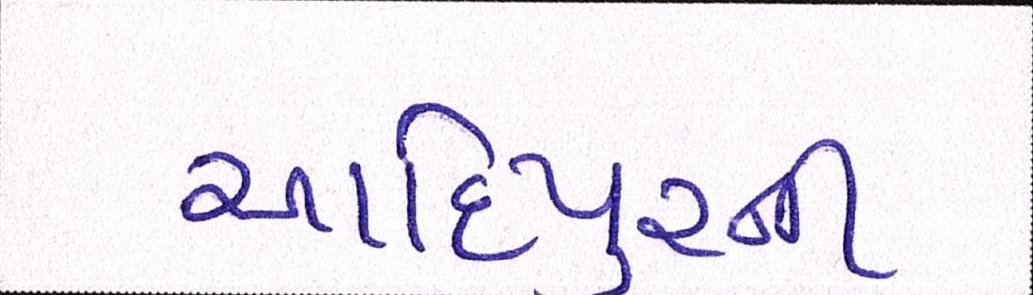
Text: આદિપુરની